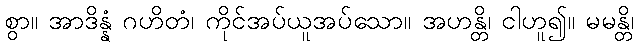
စွာ။ အာဒိန္နံ ဂဟိတံ၊ ကိုင်အပ်ယူအပ်သော။ အဟန္တိ၊ ငါဟူ၍။ မမန္တိ၊